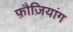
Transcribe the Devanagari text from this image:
फ़ौज़ियांग